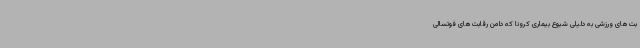
بت‌های ورزشی به دلیلی شیوع بیماری کرونا که دامن رقابت‌های فوتسالی